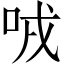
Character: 㖅